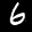
Label: 6